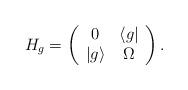
LaTeX: \begin{align*}H_g = \left( \begin{array}{cc}0&\langle g| \\ |g \rangle & \Omega\end{array}\right). \end{align*}